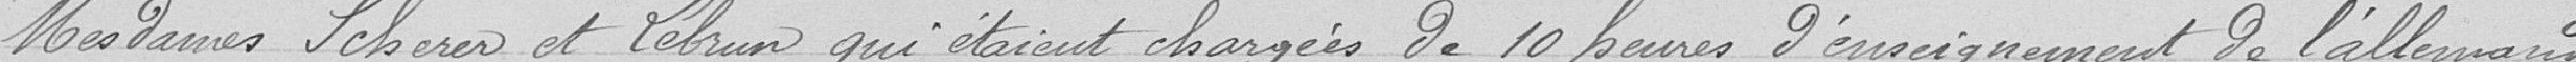
Mesdames Scherer et Lebrun qui étaient chargées de 10 heures d'enseignement de l’allemand